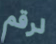
لرقم